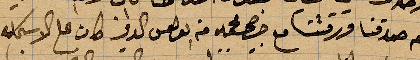
ثم صدقنا ورقتنا مع .. من بعض ..كان على الاسكلة